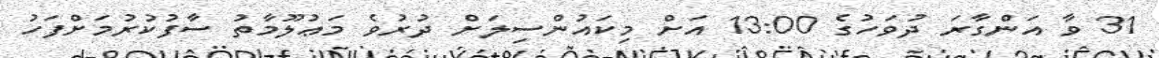
31 ވާ އަންގާރަ ދުވަހުގެ 13:00 އަށް މިކައުންސިލަށް ދުރުވެ މަޢުލޫމާތު ސާފުކުރުމަށްފަހު